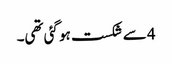
4 سے شکست ہو گئی تھی۔